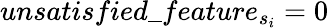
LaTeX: unsatisfied\_ feature_{s_{i}}=0